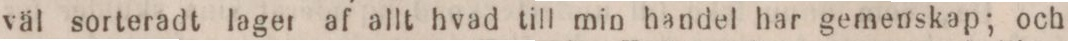
väl sorteradt lager af allt hvad till min handel har gemenskap; och